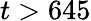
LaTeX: t>645